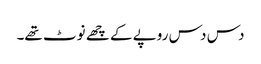
دس دس روپے کے چھے نوٹ تھے۔